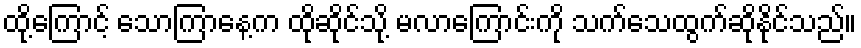
ထို့ကြောင့် သောကြာနေ့က ထိုဆိုင်သို့ မလာကြောင်းကို သက်သေထွက်ဆိုနိုင်သည်။